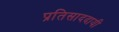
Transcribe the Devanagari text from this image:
प्रतिसाददायी